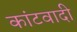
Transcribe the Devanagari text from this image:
कांटवादी